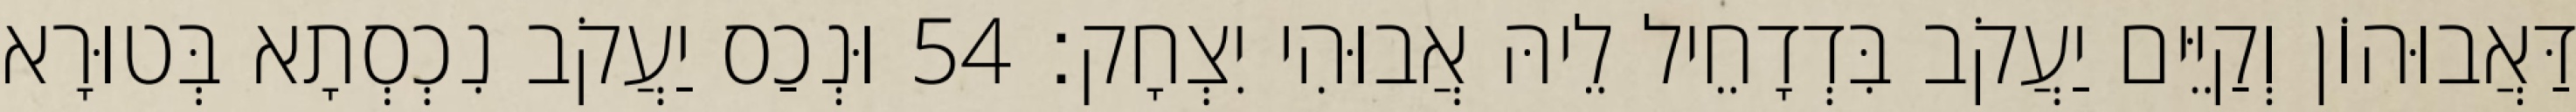
דַּאֲבוּהוֹן וְקַיֵּים יַעֲקֹב בִּדְדָחֵיל לֵיהּ אֲבוּהִי יִצְחָק׃ 54 וּנְכַס יַעֲקֹב נִכְסְתָא בְּטוּרָא